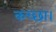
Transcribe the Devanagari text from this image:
कच्छा।